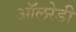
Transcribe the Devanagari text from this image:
ऑलरेडी